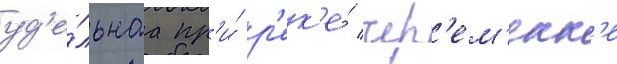
уд'е́льнаа пр'и́ р'ек'е́ чер'ем'енк'е